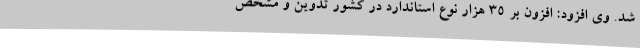
شد. وی افزود: افزون بر 35 هزار نوع استاندارد در کشور تدوین و مشخص